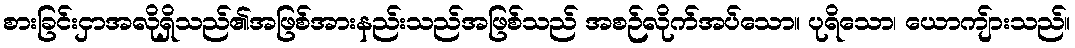
စားခြင်းငှာအလိုရှိသည်၏အဖြစ်အားနည်းသည်အဖြစ်သည် အစဉ်လိုက်အပ်သော။ ပုရိသော၊ ယောကျ်ားသည်။